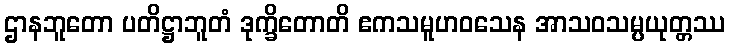
ဌာနဘူတော ပတိဋ္ဌာဘူတံ ဒုက္ခိတောတိ ဧကသမူဟဝသေန အာသဝသမ္ပယုတ္တဿ